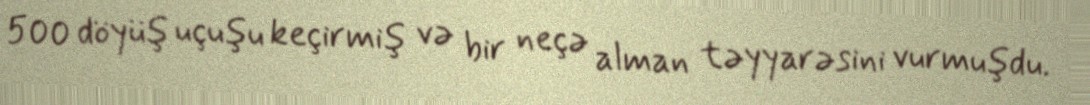
500 döyüş uçuşu keçirmiş və bir neçə alman təyyarəsini vurmuşdu.